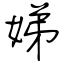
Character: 娣